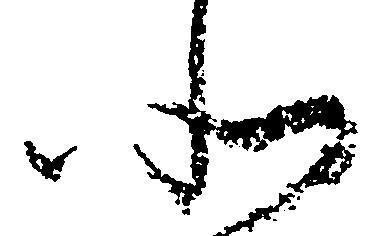
北